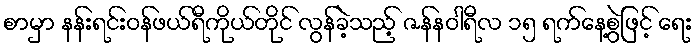
စာမှာ နန်းရင်းဝန်ဖယ်ရီကိုယ်တိုင် လွန်ခဲ့သည့် ဇန်နဝါရီလ ၁၅ ရက်နေ့စွဲဖြင့် ရေး